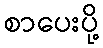
စာပေးပို့